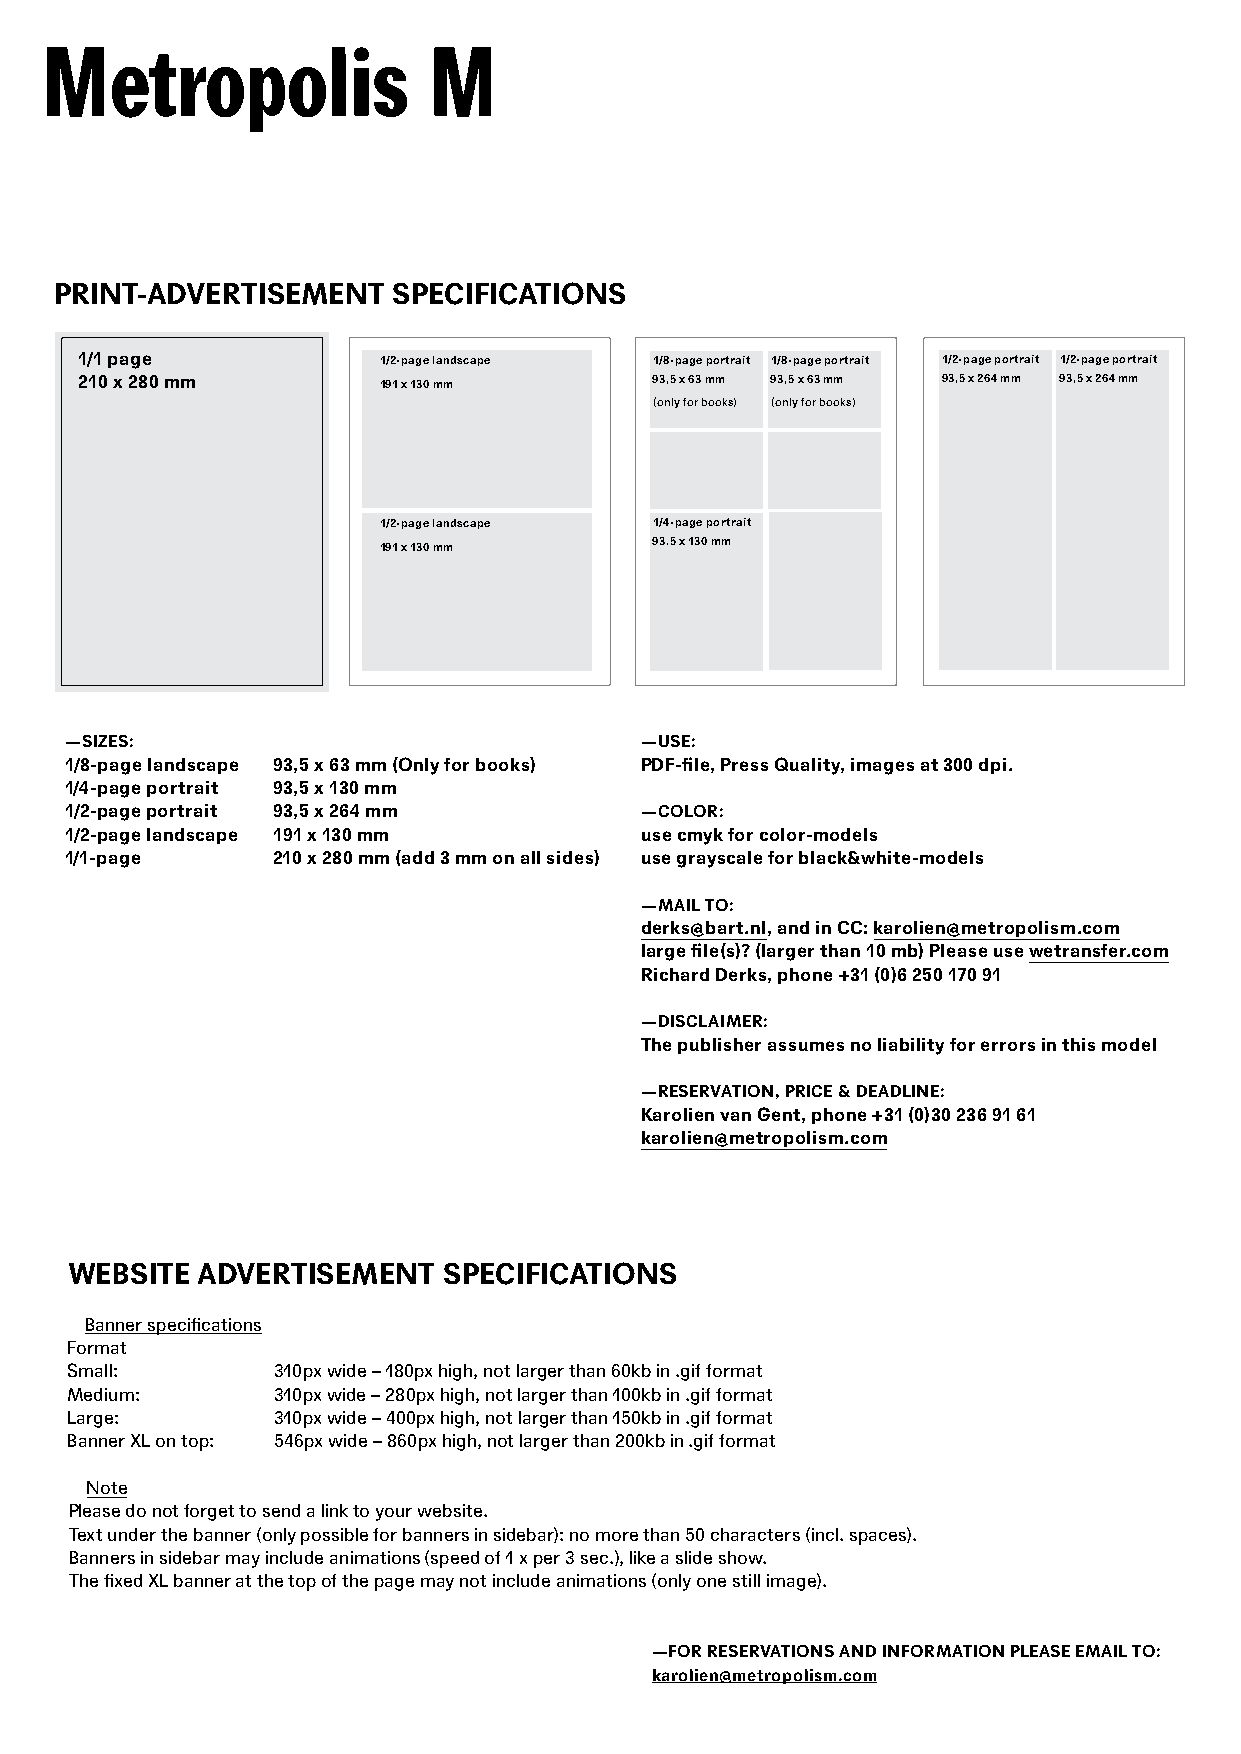
PRINT-ADVERTISEMENT   SPECIFICATIONS
 1/1 page            1/2-page landscape 1/8-page portrait 1/8-page portrait 1/2-page portrait 1/2-page portrait
 210 x 280 mm        191 x 130 mm      93,5 x 63 mm 93,5 x 63 mm 93,5 x 264 mm 93,5 x 264 mm
 (only for books) (only for books)
 1/2-page landscape 1/4-page portrait
 191 x 130 mm      93.5 x 130 mm
 —SIZES:                               —USE:
 1/8-page landscape 93,5 x 63 mm (Only for books) PDF-file, Press Quality, images at 300 dpi.
 1/4-page portrait 93,5 x 130 mm
 1/2-page portrait 93,5 x 264 mm       —COLOR:
 1/2-page landscape 191 x 130 mm       use cmyk for color-models
 1/1-page      210 x 280 mm (add 3 mm on all sides) use grayscale for black&white-models
 —MAIL TO:
 derks@bart.nl, and in CC: karolien@metropolism.com
 large file(s)? (larger than 10 mb) Please use wetransfer.com
 Richard Derks, phone +31 (0)6 250 170 91
 —DISCLAIMER:
 The publisher assumes no liability for errors in this model
 —RESERVATION, PRICE & DEADLINE:
 Karolien van Gent, phone +31 (0)30 236 91 61
 karolien@metropolism.com
 WEBSITE  ADVERTISEMENT   SPECIFICATIONS
 Banner specifications
 Format
 Small:        310px wide – 180px high, not larger than 60kb in .gif format
 Medium:       310px wide – 280px high, not larger than 100kb in .gif format
 Large:        310px wide – 400px high, not larger than 150kb in .gif format
 Banner XL on top: 546px wide – 860px high, not larger than 200kb in .gif format
 Note
 Please do not forget to send a link to your website.
 Text under the banner (only possible for banners in sidebar): no more than 50 characters (incl. spaces).
 Banners in sidebar may include animations (speed of 1 x per 3 sec.), like a slide show.
 The fixed XL banner at the top of the page may not include animations (only one still image).
 —FOR RESERVATIONS AND INFORMATION PLEASE EMAIL TO:
 karolien@metropolism.com